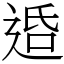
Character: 𨓈